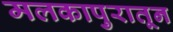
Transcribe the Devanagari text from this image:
मलकापुरातून